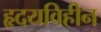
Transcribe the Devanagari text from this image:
हृदयविहीन